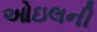
ઓઇલની